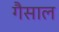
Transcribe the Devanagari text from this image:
गैसाल